system: You are a helpful assistant.
user:
Analyze the provided spectrum to determine if it is a **Carbon Star (C-type)**.

- **Key Visual Indicators of Carbon Star:**
    - **(Primary):** Strong molecular absorption from **C₂ (diatomic carbon) "Swan Bands."** This is the **defining feature** of a carbon star.
        - **(Key Bandheads):** Sharp absorption edges are visible at approximately $5635$ Å, $5165$ Å (the strongest band), and $4737$ Å.
        - **(Line Profile):** Creates a distinct **"saw-tooth"** pattern. The key morphology is a sharp, steep bandhead on the **red (long-wavelength) side**, which then gradually tapers off (i.e., flux recovers) towards the **blue (short-wavelength) side**. *(This is the direct opposite of the TiO bands seen in M-type stars)*.

    - **(Secondary):** Intense **CN (cyanogen)** molecular absorption bands.
        - **(Key Bandheads):** Located in the blue and violet regions of the spectrum (e.g., near $4215$ Å and $3883$ Å).
        - **(Morphology):** These bands are extremely broad and act as a "blanket," absorbing the vast majority of blue and violet light. This creates a characteristic **"cliff"** or **"steep drop-off"** in the spectrum's flux at short wavelengths.

    - **(Key Confirmation):** Strong **CH absorption band (G-band)**.
        - **(Key Bandhead):** Located around $4300$ Å. The contribution from CH molecules to this band is exceptionally strong.

    - **(Overall Spectrum):**
        - The continuum is severely "chopped up" by these deep molecular bands, especially C₂, rather than appearing as a smooth curve.
        - Due to the heavy CN and C₂ absorption in the blue-green, the vast majority of the star's flux is concentrated in the red part of the spectrum, giving the star its characteristic deep red color.

Think first, call **spectral_visualization_tool** if needed to examine features in detail, then provide your final answer. Your response must adhere to the following strict rules:
1.  **Overall Structure:** Your response must follow the format `<think>...</think> <tool_call>...</tool_call> (if a tool is used) <answer>...</answer>`.
2.  **Tool Usage Constraint:** You may only make **one** tool call per turn.
3.  **Final Answer Format:** In the `<answer>` tag, your conclusion must be inside a `\boxed{}` command (e.g., `\boxed{YES}`), followed by your justification.

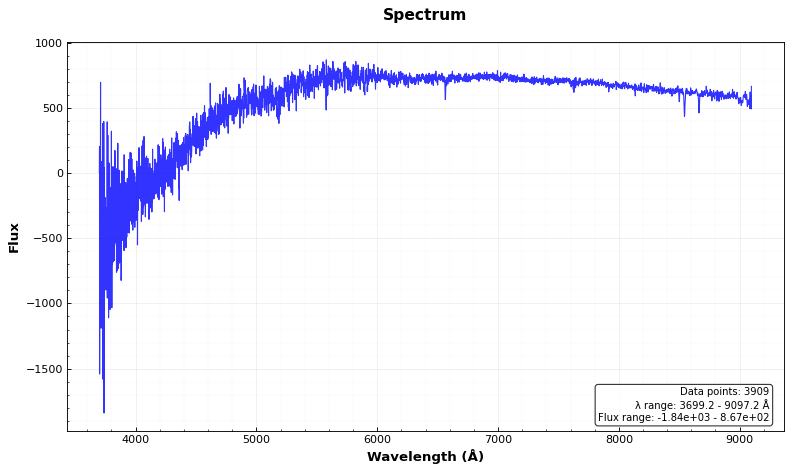
Answer: NO